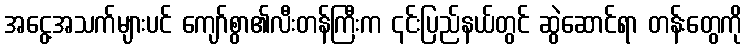
အငွေ့အသက်များပင် ကျော်စွာ၏လီးတန်ကြီးက ၎င်းပြည်နယ်တွင် ဆွဲဆောင်ရာ တန်းတွေကို